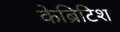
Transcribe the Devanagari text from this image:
केब्रिटिश